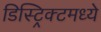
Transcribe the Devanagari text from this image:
डिस्ट्रिक्टमध्ये